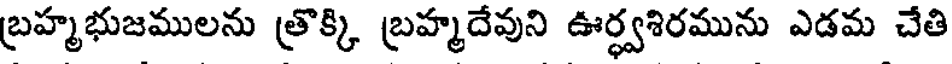
బ్రహ్మభుజములను త్రొక్కి బ్రహ్మదేవుని ఊర్ధ్వశిరమును ఎడమ చేతి